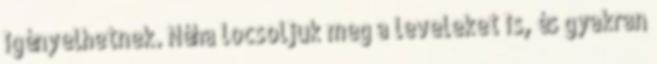
igényelhetnek. Néha locsoljuk meg a leveleket is, és gyakran